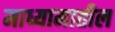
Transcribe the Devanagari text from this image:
माध्यामातील